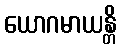
ယောဂမာယန္တိ